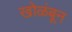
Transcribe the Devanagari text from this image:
खोळंबून